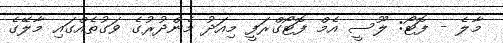
މާލެ - ފޮޓޯ: ލޫސީ އެމް ފޮޓޯގްރަފީ މިއަދު މެންދުރުގެ ވަގުތެއްގައި މާލޭގެ